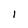
Character: 1